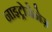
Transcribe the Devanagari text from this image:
नाइट्रोजेनेज़